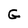
Character: G